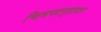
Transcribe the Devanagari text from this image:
चित्रपटगृहावर